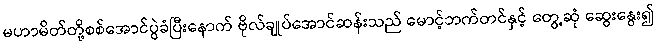
မဟာမိတ်တို့စစ်အောင်ပွဲခံပြီးနောက် ဗိုလ်ချုပ်အောင်ဆန်းသည် မောင့်ဘက်တင်နှင့် တွေ့ဆုံ ဆွေးနွေး၍